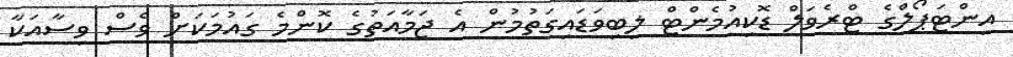
އިންޓަޕޯލްގެ ޓްރެވަލް ޑޮކިއުމެންޓް ލިބިވަޑައިގަތުމުން އެ ޖަމާއަތުގެ ކޮންމެ ގައުމަކަށް ވެސް ވިސާއަކާ